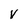
Character: V